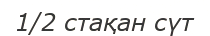
1/2 стақан сүт